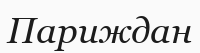
Париждан